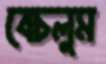
বেচলুম